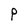
Character: P